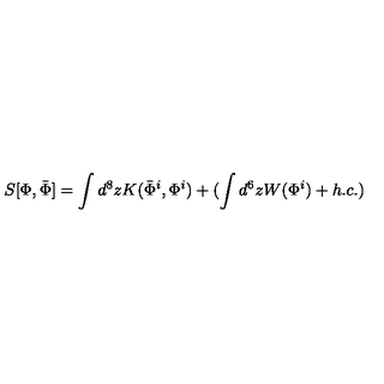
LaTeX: S [ \Phi , \bar { \Phi } ] = \int d ^ { 8 } z K ( \bar { \Phi } ^ { i } , \Phi ^ { i } ) + ( \int d ^ { 6 } z W ( \Phi ^ { i } ) + h . c . )